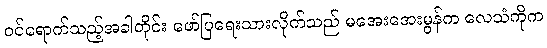
ဝင်ရောက်သည့်အခါတိုင်း ဖော်ပြရေးသားလိုက်သည် မအေးအေးမွန်က လေသံကိုက